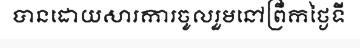
បានដោយសារការចូលរួមនៅព្រឹកថ្ងៃទី